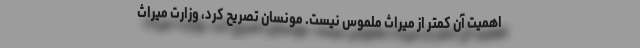
اهمیت آن کمتر از میراث ملموس نیست. مونسان تصریح کرد، وزارت میراث